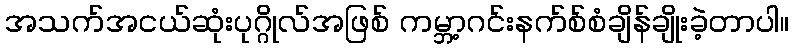
အသက်အငယ်ဆုံးပုဂ္ဂိုလ်အဖြစ် ကမ္ဘာ့ဂင်းနက်စ်စံချိန်ချိုးခဲ့တာပါ။